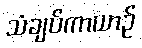
သံချပ်ကာယာဉ်